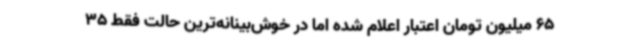
65 میلیون تومان اعتبار اعلام شده اما در خوش‌بینانه‌ترین حالت فقط 35